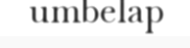
umbelap